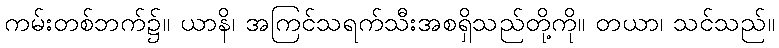
ကမ်းတစ်ဘက်၌။ ယာနိ၊ အကြင်သရက်သီးအစရှိသည်တို့ကို။ တယာ၊ သင်သည်။